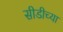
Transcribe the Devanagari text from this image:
सीडीच्या